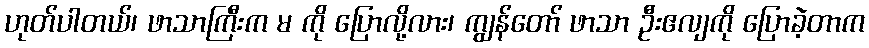
ဟုတ်ပါတယ်၊ ဖာသာကြီးက မ ကို ပြောလို့လား၊ ကျွန်တော် ဖာသာ ဦးဧလျကို ပြောခဲ့တာက